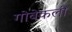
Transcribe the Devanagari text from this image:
गोबेकली